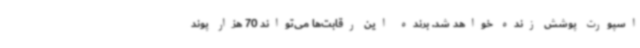
اسپورت پوشش زنده خواهد شد. برنده این رقابت‌ها می‌تواند 70 هزار پوند